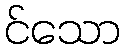
င်သော